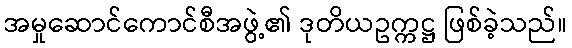
အမှုဆောင်ကောင်စီအဖွဲ့၏ ဒုတိယဥက္ကဋ္ဌ ဖြစ်ခဲ့သည်။